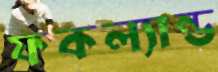
ফকল্যান্ড